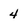
Character: 4